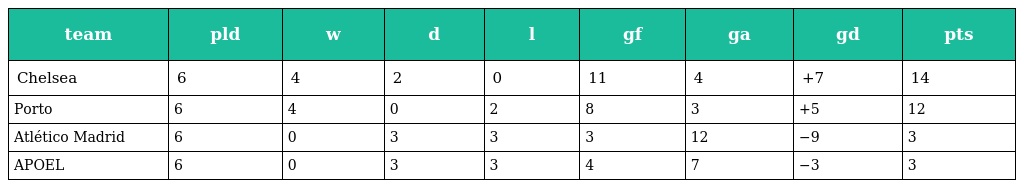
| team | pld | w | d | l | gf | ga | gd | pts |
 | --- | --- | --- | --- | --- | --- | --- | --- | --- |
 | Chelsea | 6 | 4 | 2 | 0 | 11 | 4 | +7 | 14 |
 | Porto | 6 | 4 | 0 | 2 | 8 | 3 | +5 | 12 |
 | Atlético Madrid | 6 | 0 | 3 | 3 | 3 | 12 | −9 | 3 |
 | APOEL | 6 | 0 | 3 | 3 | 4 | 7 | −3 | 3 |